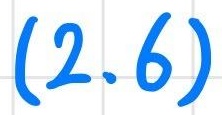
$(2.6)$